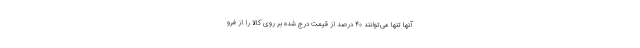
آنها تنها می‌توانند ۴۰ درصد از قیمت درج شده بر روی کالا را از فرو